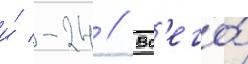
и́ -24 // Вс'его́